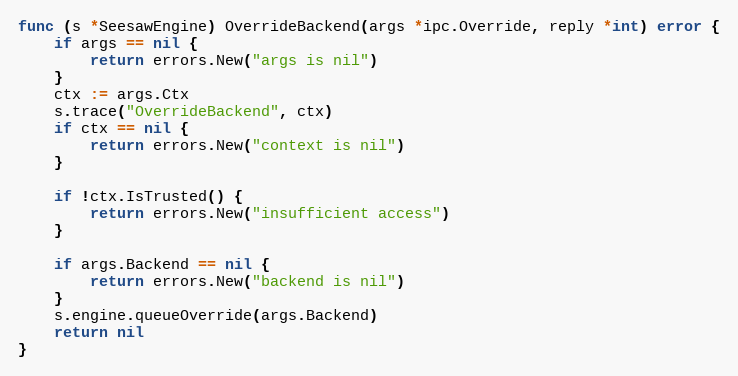
Language: Go
func (s *SeesawEngine) OverrideBackend(args *ipc.Override, reply *int) error {
	if args == nil {
		return errors.New("args is nil")
	}
	ctx := args.Ctx
	s.trace("OverrideBackend", ctx)
	if ctx == nil {
		return errors.New("context is nil")
	}

	if !ctx.IsTrusted() {
		return errors.New("insufficient access")
	}

	if args.Backend == nil {
		return errors.New("backend is nil")
	}
	s.engine.queueOverride(args.Backend)
	return nil
}